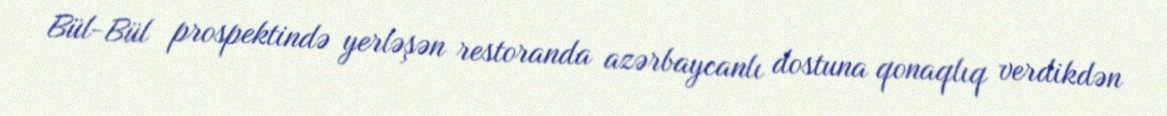
Bül-Bül prospektində yerləşən restoranda azərbaycanlı dostuna qonaqlıq verdikdən